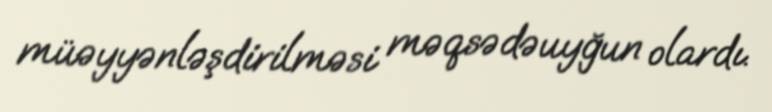
müəyyənləşdirilməsi məqsədəuyğun olardı.